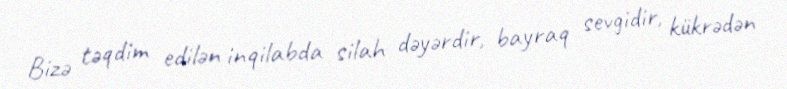
Bizə təqdim edilən inqilabda silah dəyərdir, bayraq sevgidir, kükrədən